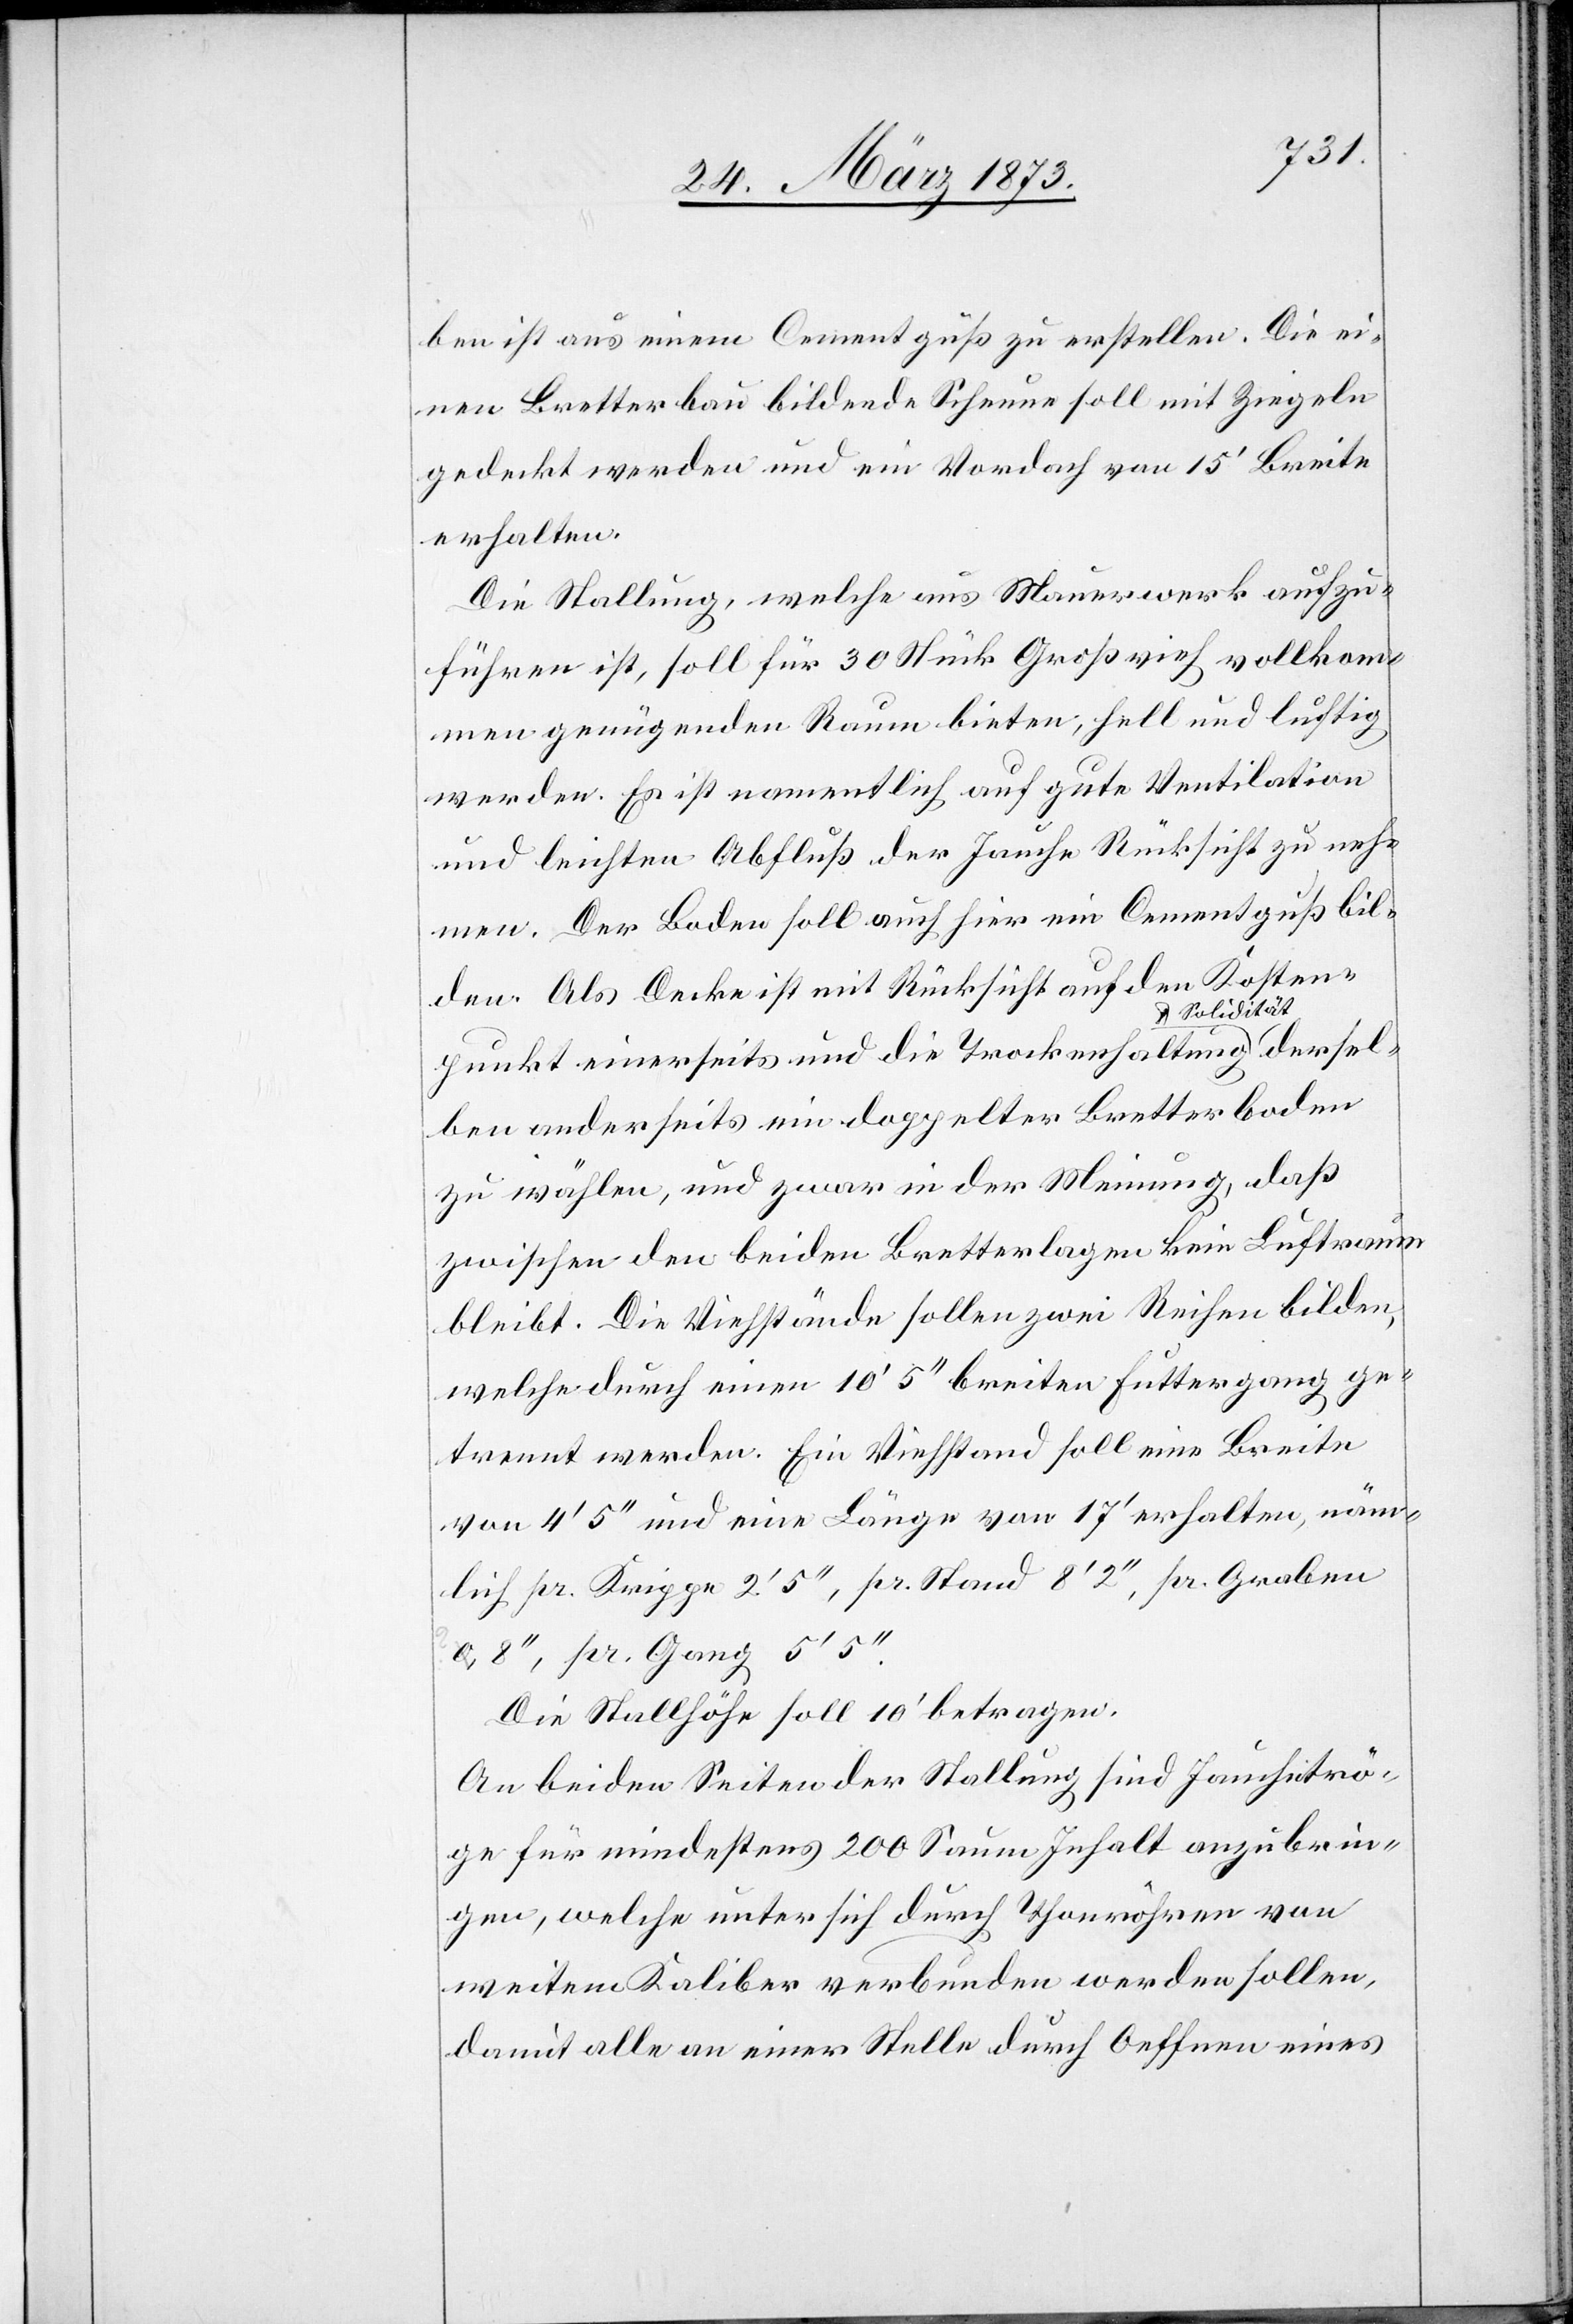
dersel¬
ben ist aus einem Cementguß zu erstellen. Die ei¬
nen Bretterbau bildende Scheune soll mit Ziegeln
gedeckt werden und ein Vordach von 15’ Breite
erhalten.
Die Stallung, welche aus Mauerwerk aufzu¬
führen ist, soll für 30 Stück Großvieh vollkom¬
men genügenden Raum bieten, hell und luftig
werden. Es ist namentlich auf gute Ventilation
und leichten Abfluß der Jauche Rücksicht zu neh¬
men. Der Boden soll auch hier ein Cementguß bil¬
den. Als Decke ist mit Rücksicht auf den Kosten¬
Solidität
punkt einerseits und die Trockenhaltung u.
ben anderseits ein doppelter Bretterboden
zu wählen, und zwar in der Meinung, daß
zwischen den beiden Bretterlagen kein Luftraum
bleib. Die Viehstände sollen zwei Reihen bilden,
welche durch einen 10’ 5’’ breiten Futtergang ge¬
trennt werden. Ein Viehstand soll eine Breite
von 4’ 5’’ und eine Länge von 17’ erhalten, näm¬
lich pr. Krippe 2’ 5’’, pr. Stand 8’ 2’’, pr. Graben
0,8’’, pr. Gang 5’ 5’’.
Die Stallhöhe soll 10’ betragen.
An beiden Seiten der Stallung sind Jaucheträ¬
ge für mindestens 200 Saum Inhalt anzubrin¬
gen, welche unter sich durch Thonröhren von
weitem Kaliber verbunden werden sollen,
damit alle an einer Stelle durch Oeffnen eines